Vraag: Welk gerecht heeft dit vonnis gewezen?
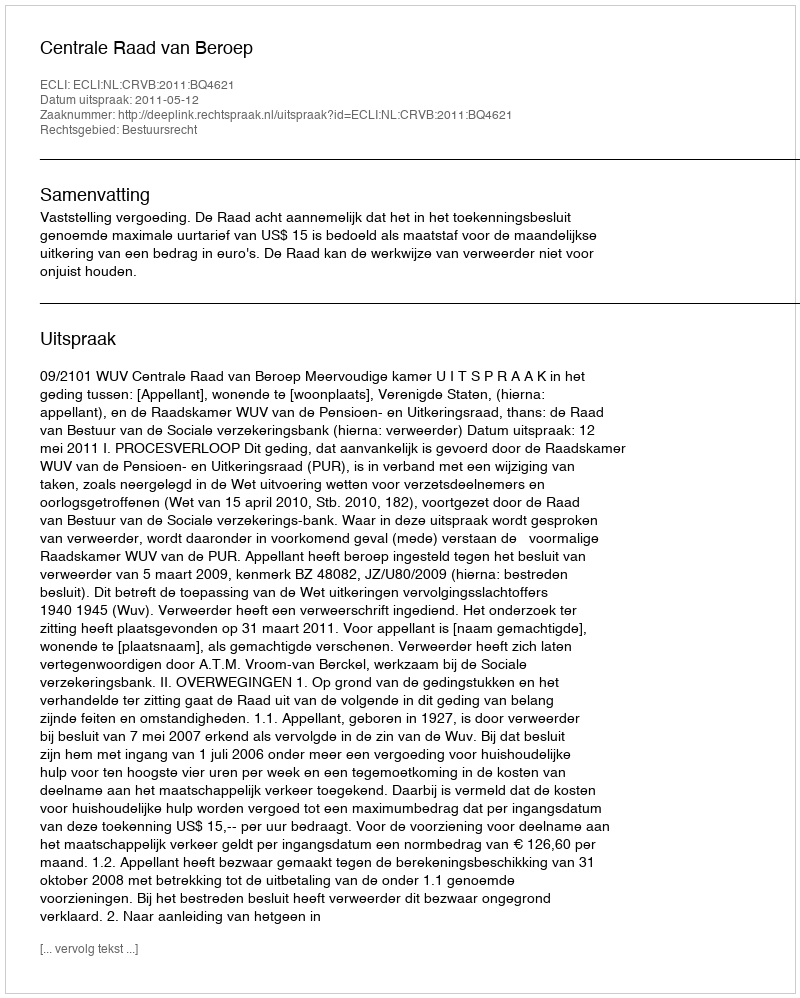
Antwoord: Centrale Raad van Beroep